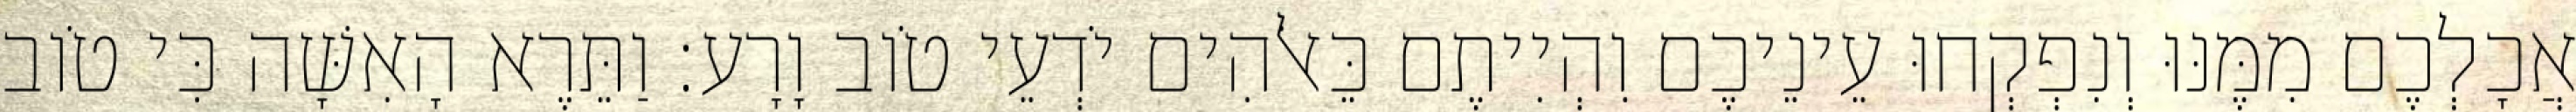
אֲכָלְכֶם מִמֶּנּוּ וְנִפְקְחוּ עֵינֵיכֶם וִהְיִיתֶם כֵּאלֹהִים יֹדְעֵי טֹוב וָרָע׃ וַתֵּרֶא הָאִשָּׁה כִּי טֹוב